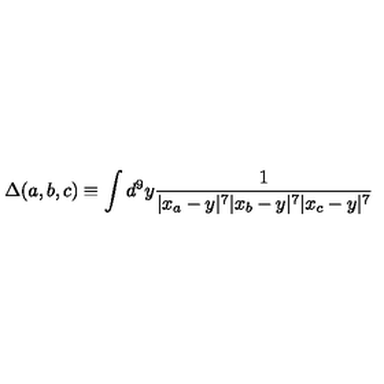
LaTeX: \Delta ( a , b , c ) \equiv \int d ^ { 9 } y { \frac { 1 } { | x _ { a } - y | ^ { 7 } | x _ { b } - y | ^ { 7 } | x _ { c } - y | ^ { 7 } } }